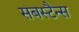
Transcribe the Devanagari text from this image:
सबस्टैन्स